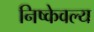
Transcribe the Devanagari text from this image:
निष्केवल्य